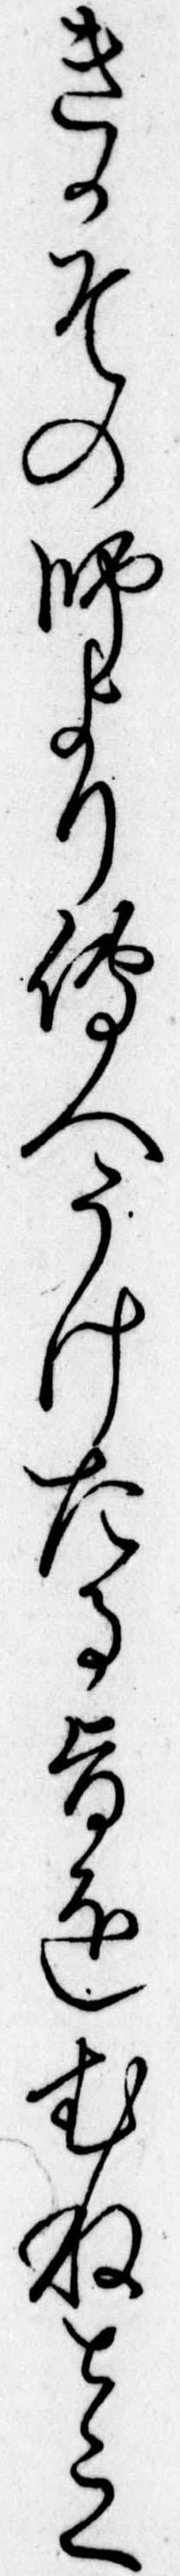
きかその師より伝へうけたる旨をむねとし